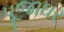
પૂજાઘર